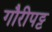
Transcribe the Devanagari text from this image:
गौरीपट्ट